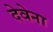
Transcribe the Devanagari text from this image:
देवेना